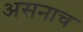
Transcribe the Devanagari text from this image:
असनाच